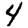
Digit: 4